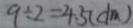
9 \div 2 = 4 . 5 ( d m )